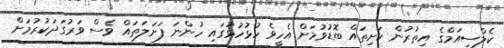
ކެލްސިއަމްގެ އިތުރުން ކަށިތައް ބޮޑުވުމަށް އެހީވެ ހުޅުހުޅުގައި ހުންނަ ފަށަލަތައް ވެސް ވަރުގަދަކުރުމަށް